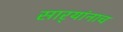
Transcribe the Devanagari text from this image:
सार्‍यांनाच